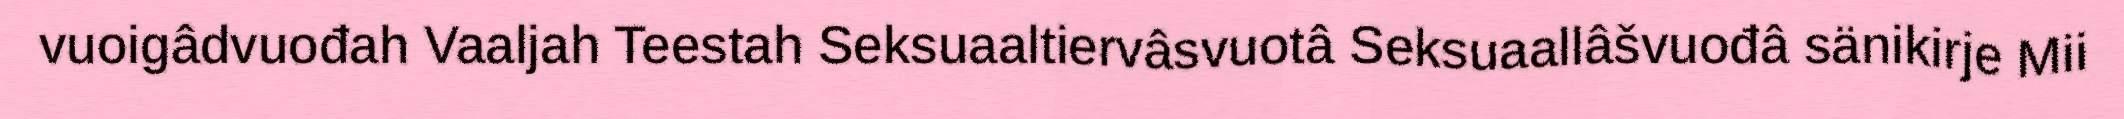
vuoigâdvuođah Vaaljah Teestah Seksuaaltiervâsvuotâ Seksuaallâšvuođâ sänikirje Mii